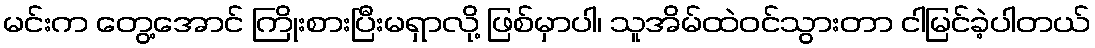
မင်းက တွေ့အောင် ကြိုးစားပြီးမရှာလို့ ဖြစ်မှာပါ၊ သူအိမ်ထဲဝင်သွားတာ ငါမြင်ခဲ့ပါတယ်